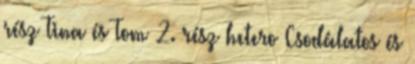
rész Tina és Tom 2. rész hetero Csodálatos és